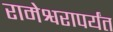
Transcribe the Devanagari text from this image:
रामेश्वरापर्यंत